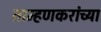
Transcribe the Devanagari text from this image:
ताम्हणकरांच्या